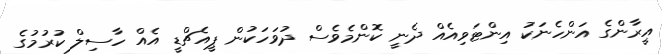
އީރާންގެ އަންހެނަކު އިންޓަވިއެއް ދެނީ ކޮންމެވެސް ދުވަހަކުން ޕީއެޗްޑީ އެއް ހާސިލް ކުރުމުގެ